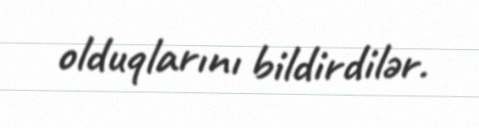
olduqlarını bildirdilər.